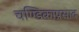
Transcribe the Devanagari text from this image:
चण्डिकाप्रसाद